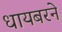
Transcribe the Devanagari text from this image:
धायबरने